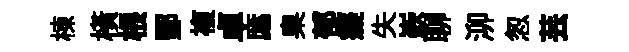
棟横根酆複卓厖臬郁癡失嶔聊泖怱芸